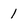
Character: 1